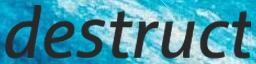
destruct